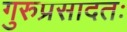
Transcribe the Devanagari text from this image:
गुरुप्रसादतः